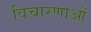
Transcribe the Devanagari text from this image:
विचारणाओं